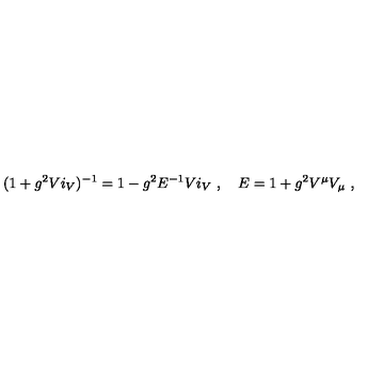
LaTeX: ( 1 + g ^ { 2 } V i _ { V } ) ^ { - 1 } = 1 - g ^ { 2 } E ^ { - 1 } V i _ { V } \ , \quad E = 1 + g ^ { 2 } V ^ { \mu } V _ { \mu } \ ,